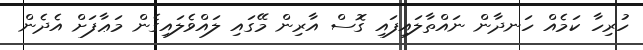
ހުރިހާ ކަމެއް ހަނދާން ނައްތާލައިފައި ގޮސް އާރިން މޭގައި ލައްވެލައިގެން މަޢާފަށް އެދެން